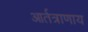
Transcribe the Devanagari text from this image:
आर्तत्राणाय